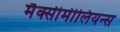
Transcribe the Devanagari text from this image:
मैक्सीमीलियन्स